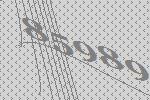
85989